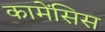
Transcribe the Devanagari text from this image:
कामेंसिस